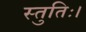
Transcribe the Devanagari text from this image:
स्तुतिः।